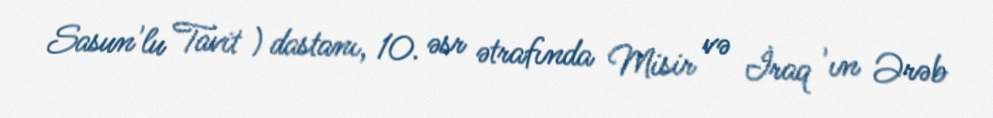
Sasun'lu Tavit ) dastanı, 10. əsr ətrafında Misir və İraq 'ın Ərəb